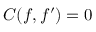
C ( f , f ^ { \prime } ) = 0